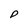
Character: D